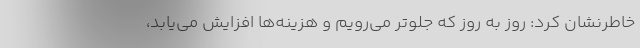
خاطرنشان کرد: روز به روز که جلوتر می‌رویم و هزینه‌ها افزایش می‌یابد،